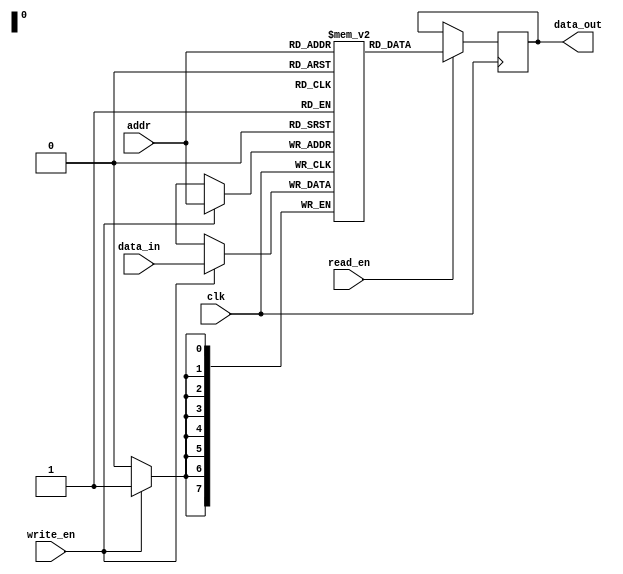
module sram(
    input wire clk,       // Clock signal
    input wire read_en,   // Read enable signal
    input wire write_en,  // Write enable signal
    input wire [7:0] addr, // Address input
    input wire [7:0] data_in, // Data input
    output reg [7:0] data_out // Data output
);

reg [7:0] memory [255:0]; // Memory block with 256 bits organized in 256 rows and 1 column

always @(posedge clk) begin
    if (read_en) begin
        data_out <= memory[addr];
    end
    
    if (write_en) begin
        memory[addr] <= data_in;
    end
end

endmodule